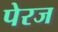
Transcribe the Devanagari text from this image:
पेरज